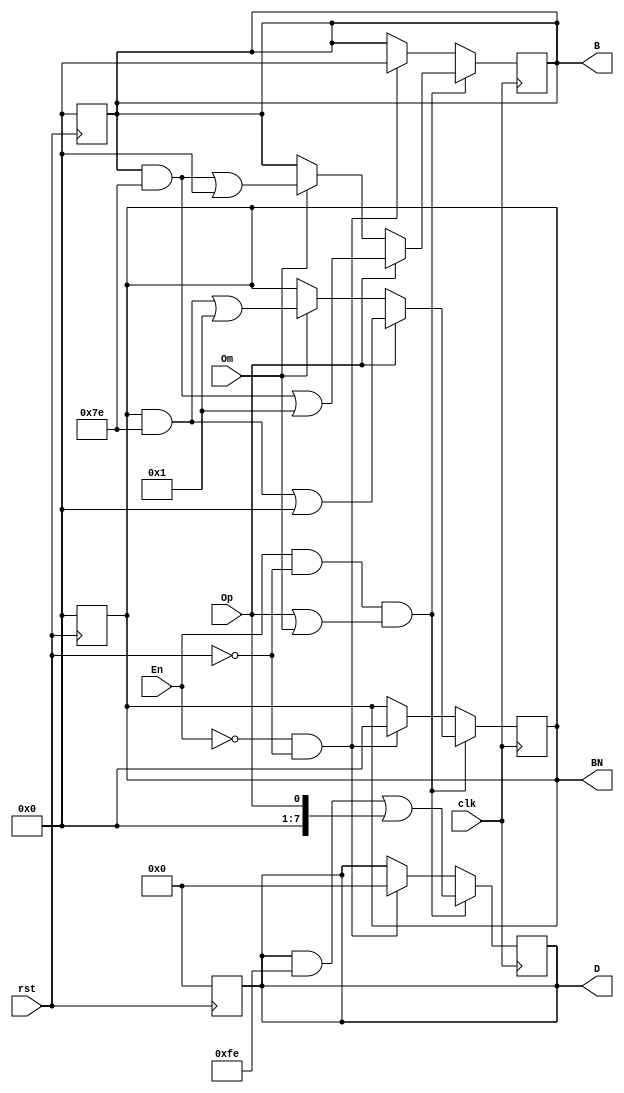
`timescale 1ns / 1ps
//////////////////////////////////////////////////////////////////////////////////
// Company: Aarhus Universitet  
//
// Design Name: SAR
// Module Name: SAR_algorithm
// Project Name: SAR ALgorithm
// Target Devices: 65nm EEG front end
// Tool Versions:
// Description:
//
// Dependencies:
//
// Revision:
// Revision 0.01 - File Created
// Additional Comments:
//
//////////////////////////////////////////////////////////////////////////////////

module SAR_algorithm(
    input wire Op,
    input wire En,
    input wire Om,
    input wire clk,
    input wire rst,
    output reg [6:0] B,
    output reg [6:0] BN, 
    output reg [7:0] D
);


reg [3:0] counter = 4'b0000;

always @(posedge rst) begin
    if (rst) begin
        B <= 7'b0000000;
        BN <= 7'b0000000;
        D <= 8'b00000000;
        counter <= 4'b0000;
    end
end

always @(posedge clk) begin
    if (En && !rst && (Op || Om)) begin  
        if (counter != 4'b1000) begin
            D[counter] <= Op;
            
            if (Op) begin
                B[counter] <= 1'b1;
                BN[counter] <= 1'b0;
            end else if (Om) begin 
                B[counter] <= 1'b0;
                BN[counter] <= 1'b1;
            end
            
            counter <= counter + 1'b1;
        end
    end else if (!En && !rst) begin
        B <= 7'b0000000;
        BN <= 7'b000000;
        D <= 8'b00000000;
        counter <= 4'b0000;
    end
end

endmodule